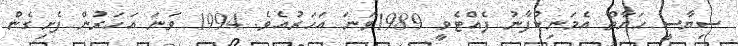
ސިޔާސީ ހަޔާތް އެމަނިކުފާނު ފެއްޓެވީ 1989ވަނަ އަހަރުއެވެ. 1994 ވަނަ އަހަރުން ފެށިގެން